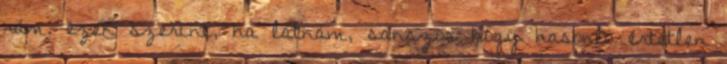
rám. ezek szerint, ha látnám, sanszos hogy hasonló értetlen